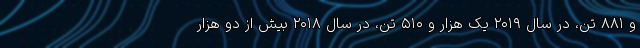
و ۸۸۱ تن، در سال ۲۰۱۹ یک هزار و ۵۱۰ تن، در سال ۲۰۱۸ بیش از دو هزار